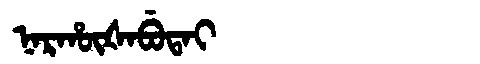
Manchu: ᠨᠠᡵᡥᡡᡧᠠᠪᡠᡨᠠᡳ
Romanization: NARHŪŠABUTAI